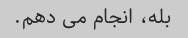
بله، انجام می دهم.